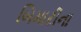
બિમારીના